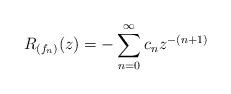
LaTeX: \begin{align*}R_{(f_n)}(z) = -\sum_{n=0}^\infty c_n z^{-(n+1)}\end{align*}